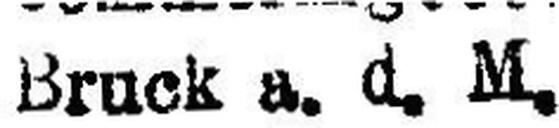
Bruck a. d. M.